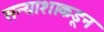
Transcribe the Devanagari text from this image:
सन्याशाकडून